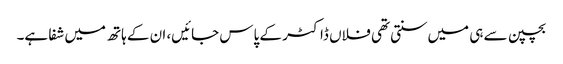
بچپن سے ہی میں‌سنتی تھی فلاں ڈاکٹر کے پاس جائیں‌، ان کے ہاتھ میں‌شفا ہے۔